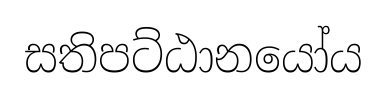
සතිපට්ඨානයෝය